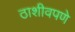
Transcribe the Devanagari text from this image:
ठाशीवपणे